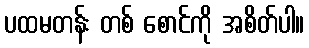
ပထမတန်း တစ် စောင်ကို အစိတ်ပါ။